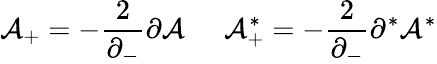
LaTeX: {\cal A}_{+}=-\frac{2}{\partial_{-}}\partial{\cal A}\; \; \; \; \; {\cal A}_{+}^{*}=-\frac{2}{\partial_{-}}\partial^{*}{\cal A}^{*}